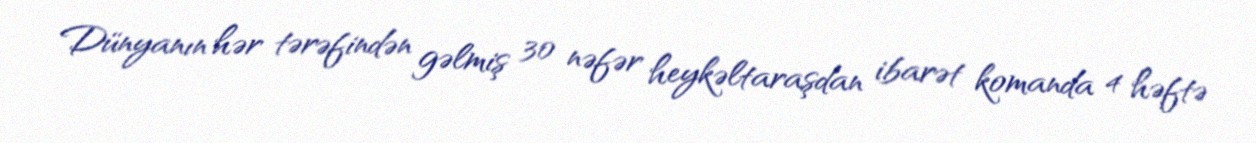
Dünyanın hər tərəfindən gəlmiş 30 nəfər heykəltaraşdan ibarət komanda 4 həftə